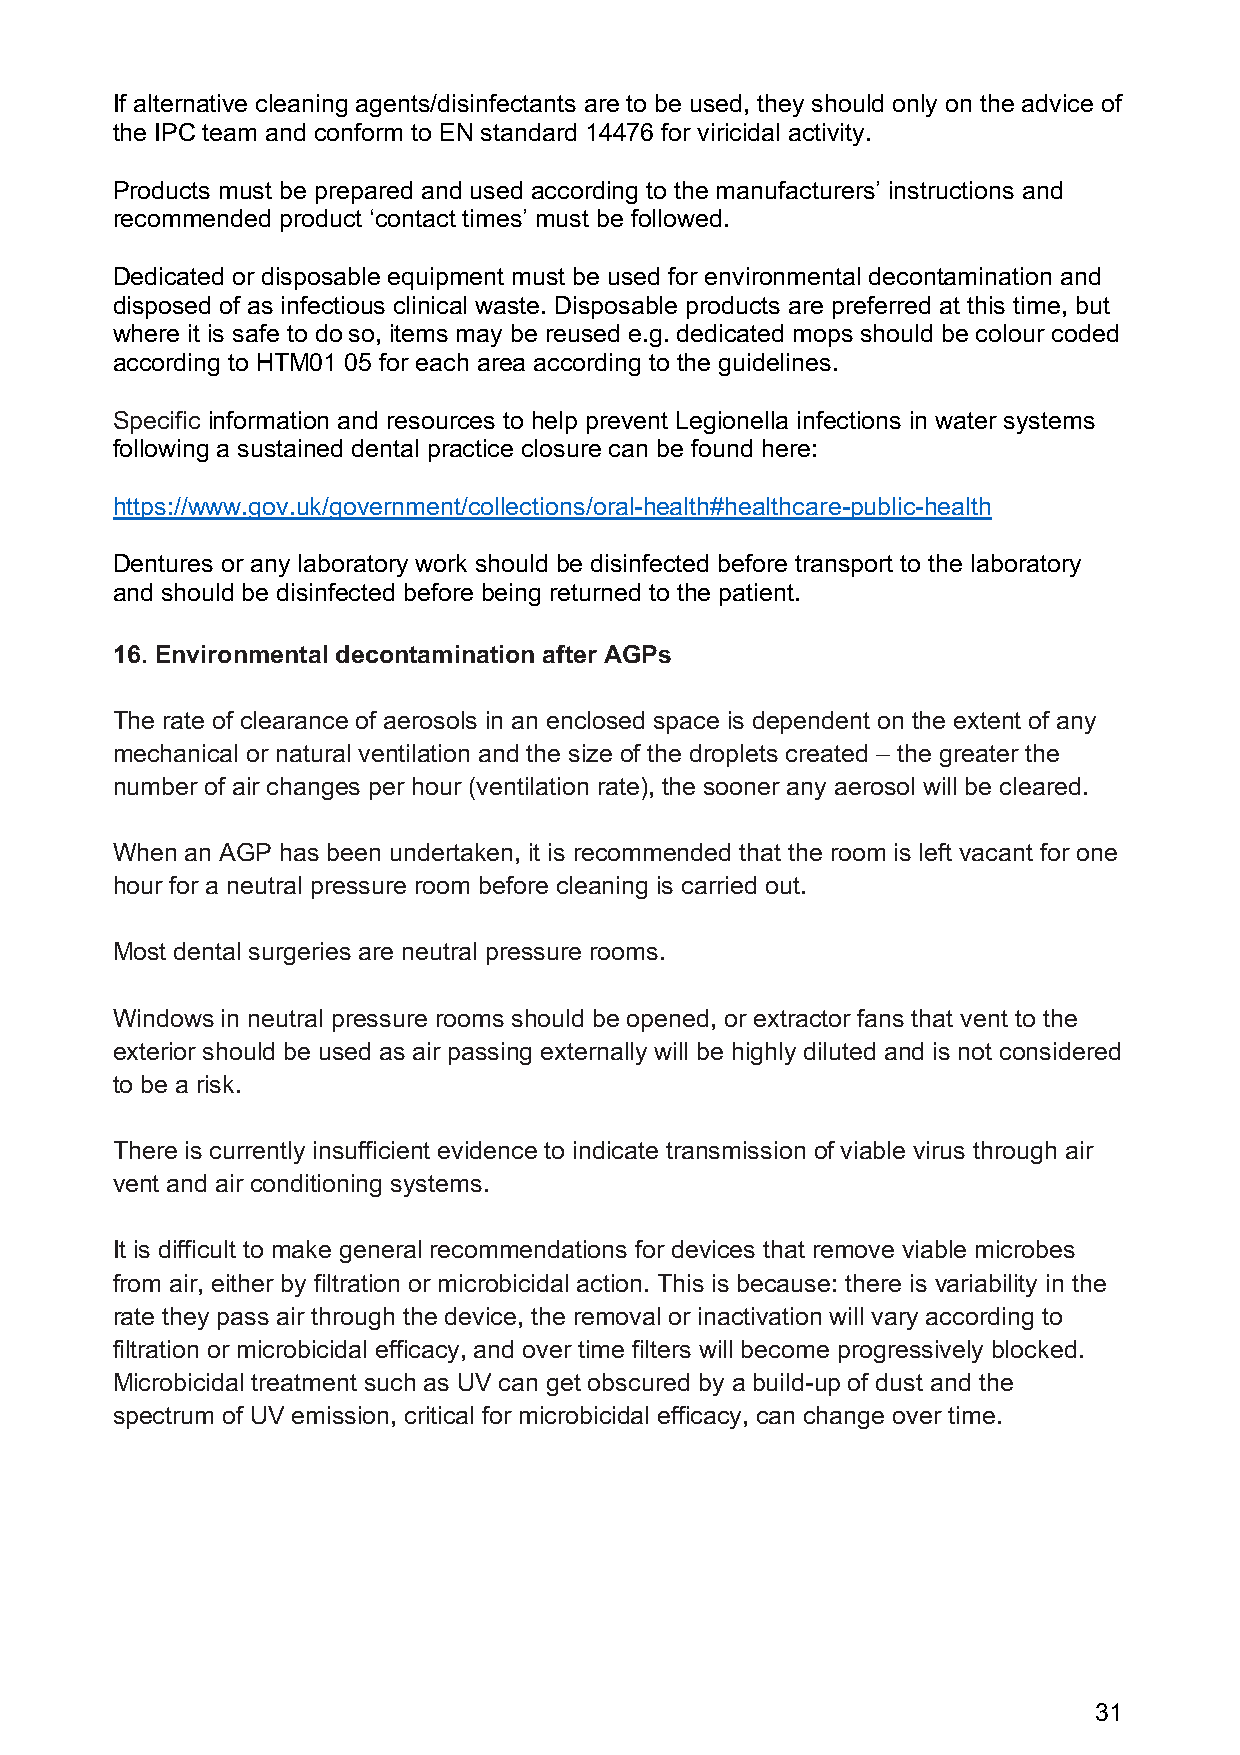
If alternative cleaning agents/disinfectants are to be used, they should only on the advice of
 the IPC team and conform to EN standard 14476 for viricidal activity.
 Products must be prepared and used according to the manufacturers’ instructions and
 recommended product ‘contact times’ must be followed.
 Dedicated or disposable equipment must be used for environmental decontamination and
 disposed of as infectious clinical waste. Disposable products are preferred at this time, but
 where it is safe to do so, items may be reused e.g. dedicated mops should be colour coded
 according to HTM01 05 for each area according to the guidelines.
 Specific information and resources to help prevent Legionella infections in water systems
 following a sustained dental practice closure can be found here:
 https://www.gov.uk/government/collections/oral-health#healthcare-public-health
 Dentures or any laboratory work should be disinfected before transport to the laboratory
 and should be disinfected before being returned to the patient.
 16. Environmental decontamination after AGPs
 The rate of clearance of aerosols in an enclosed space is dependent on the extent of any
 mechanical or natural ventilation and the size of the droplets created – the greater the
 number of air changes per hour (ventilation rate), the sooner any aerosol will be cleared.
 When an AGP has been undertaken, it is recommended that the room is left vacant for one
 hour for a neutral pressure room before cleaning is carried out.
 Most dental surgeries are neutral pressure rooms.
 Windows in neutral pressure rooms should be opened, or extractor fans that vent to the
 exterior should be used as air passing externally will be highly diluted and is not considered
 to be a risk.
 There is currently insufficient evidence to indicate transmission of viable virus through air
 vent and air conditioning systems.
 It is difficult to make general recommendations for devices that remove viable microbes
 from air, either by filtration or microbicidal action. This is because: there is variability in the
 rate they pass air through the device, the removal or inactivation will vary according to
 filtration or microbicidal efficacy, and over time filters will become progressively blocked.
 Microbicidal treatment such as UV can get obscured by a build-up of dust and the
 spectrum of UV emission, critical for microbicidal efficacy, can change over time.
 31